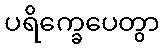
ပရိက္ခေပေတွာ